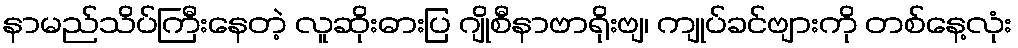
နာမည်သိပ်ကြီးနေတဲ့ လူဆိုးဓားပြ ဂျိုစီနာဗာရိုးဗျ၊ ကျုပ်ခင်ဗျားကို တစ်နေ့လုံး